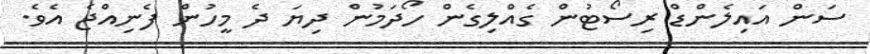
ސަން އައިލެންޑް ރިސޯޓުން ގެއްލިގެން ހޯދަމުން ދިޔަ ދެ މީހުން ފެނިއްޖެ އެވެ.